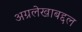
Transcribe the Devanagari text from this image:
अग्रलेखाबद्दल